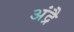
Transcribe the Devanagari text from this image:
अंद्रै